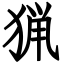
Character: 猟